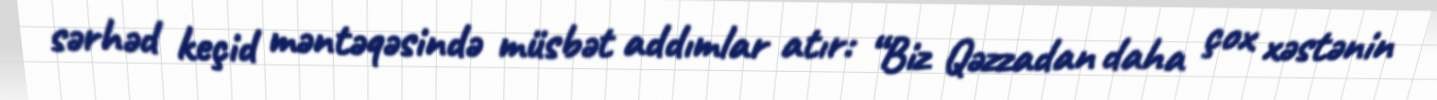
sərhəd keçid məntəqəsində müsbət addımlar atır: “Biz Qəzzadan daha çox xəstənin